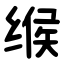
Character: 缑